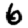
Digit: 6